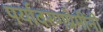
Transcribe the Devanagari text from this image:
पर्यावरणप्रेमींनी